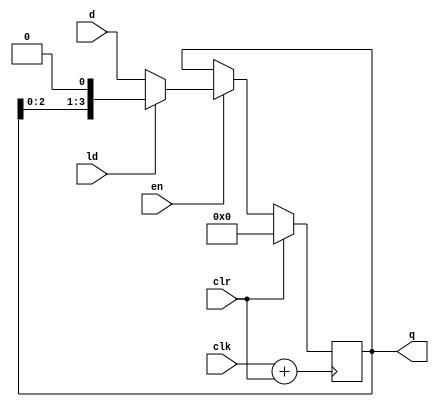
module left_shift_register
#( parameter N = 4)

(
input wire en,
input wire ld,
input wire clk,
input wire clr,
input wire [N-1:0] d,
output reg [N-1:0] q
);

assign clk_cmb = clk + clr;


always @ (posedge clk_cmb)
 begin 
    if (clr == 1) 
        q <= 0;
    else if(en)
        if(ld)
            q <= q << 1;
        else 
            q <= d;
 end
 
 
 
 endmodule